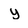
Character: y